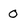
Character: O